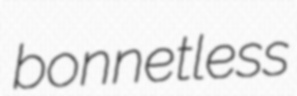
bonnetless